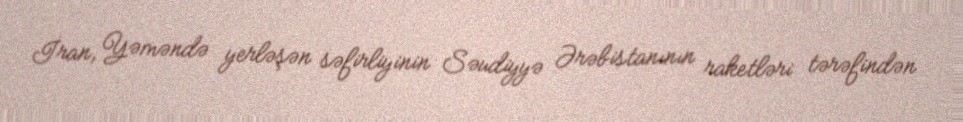
İran, Yəməndə yerləşən səfirliyinin Səudiyyə Ərəbistanının raketləri tərəfindən